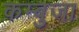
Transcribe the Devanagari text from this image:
कम्बुजा